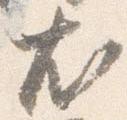
尤